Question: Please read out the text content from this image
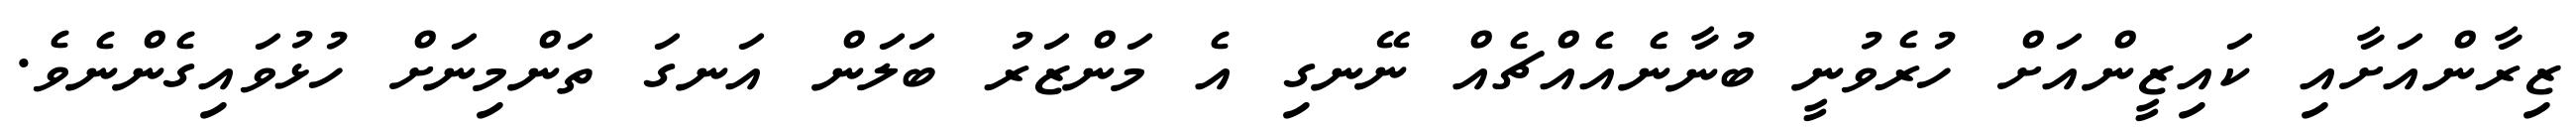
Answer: ޒިރާންއަށާއި ކައިޒީންއަށް ހުރެވުނީ ބުނާނެއެއްޗެއް ނޭނގި އެ މަންޒަރު ބަލަން އަނގަ ތަންމިނަށް ހުޅުވައިގެންނެވެ.